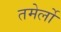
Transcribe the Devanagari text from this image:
तमेर्लो